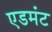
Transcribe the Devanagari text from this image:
एडमंट